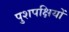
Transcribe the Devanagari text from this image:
पुशपक्षियों